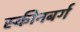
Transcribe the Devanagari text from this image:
स्कीनबर्ग